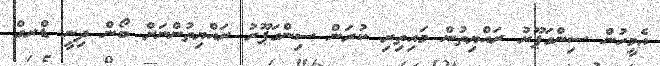
އެމީހުން ސިންގަޕޫރު ރައްޔިތުން މައިތިރި ކުރަން ސިންގަޕޫރު ރައްޔިތުންނަށް ބޯން ދިނީ ޑްރގް